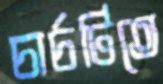
চার্চটিতে